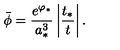
\bar { \phi } = { \frac { e ^ { \varphi _ { * } } } { a _ { * } ^ { 3 } } } \left| { \frac { t _ { * } } { t } } \right| .